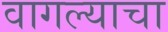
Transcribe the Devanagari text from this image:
वागल्याचा